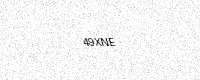
Text: 49XNE